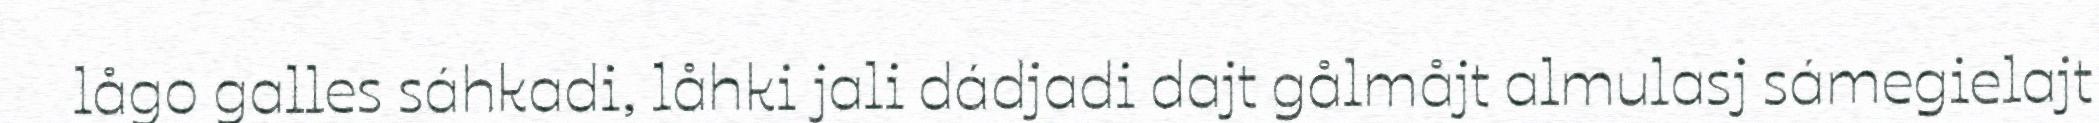
lågo galles sáhkadi, låhki jali dádjadi dajt gålmåjt almulasj sámegielajt